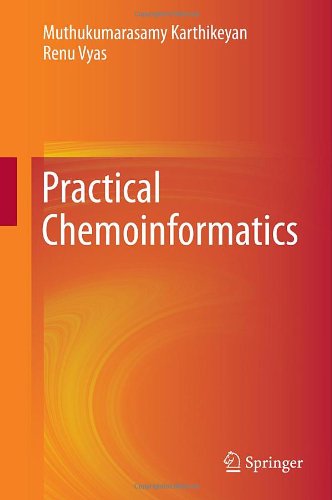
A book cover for Practical Chemoinformatics; Muthukumarasamy Karthikeyan; Science & Math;